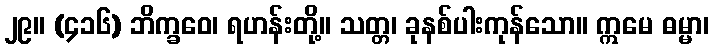
၂၉။ (၄၁၆) ဘိက္ခဝေ၊ ရဟန်းတို့။ သတ္တ၊ ခုနစ်ပါးကုန်သော။ ဣမေ ဓမ္မာ၊